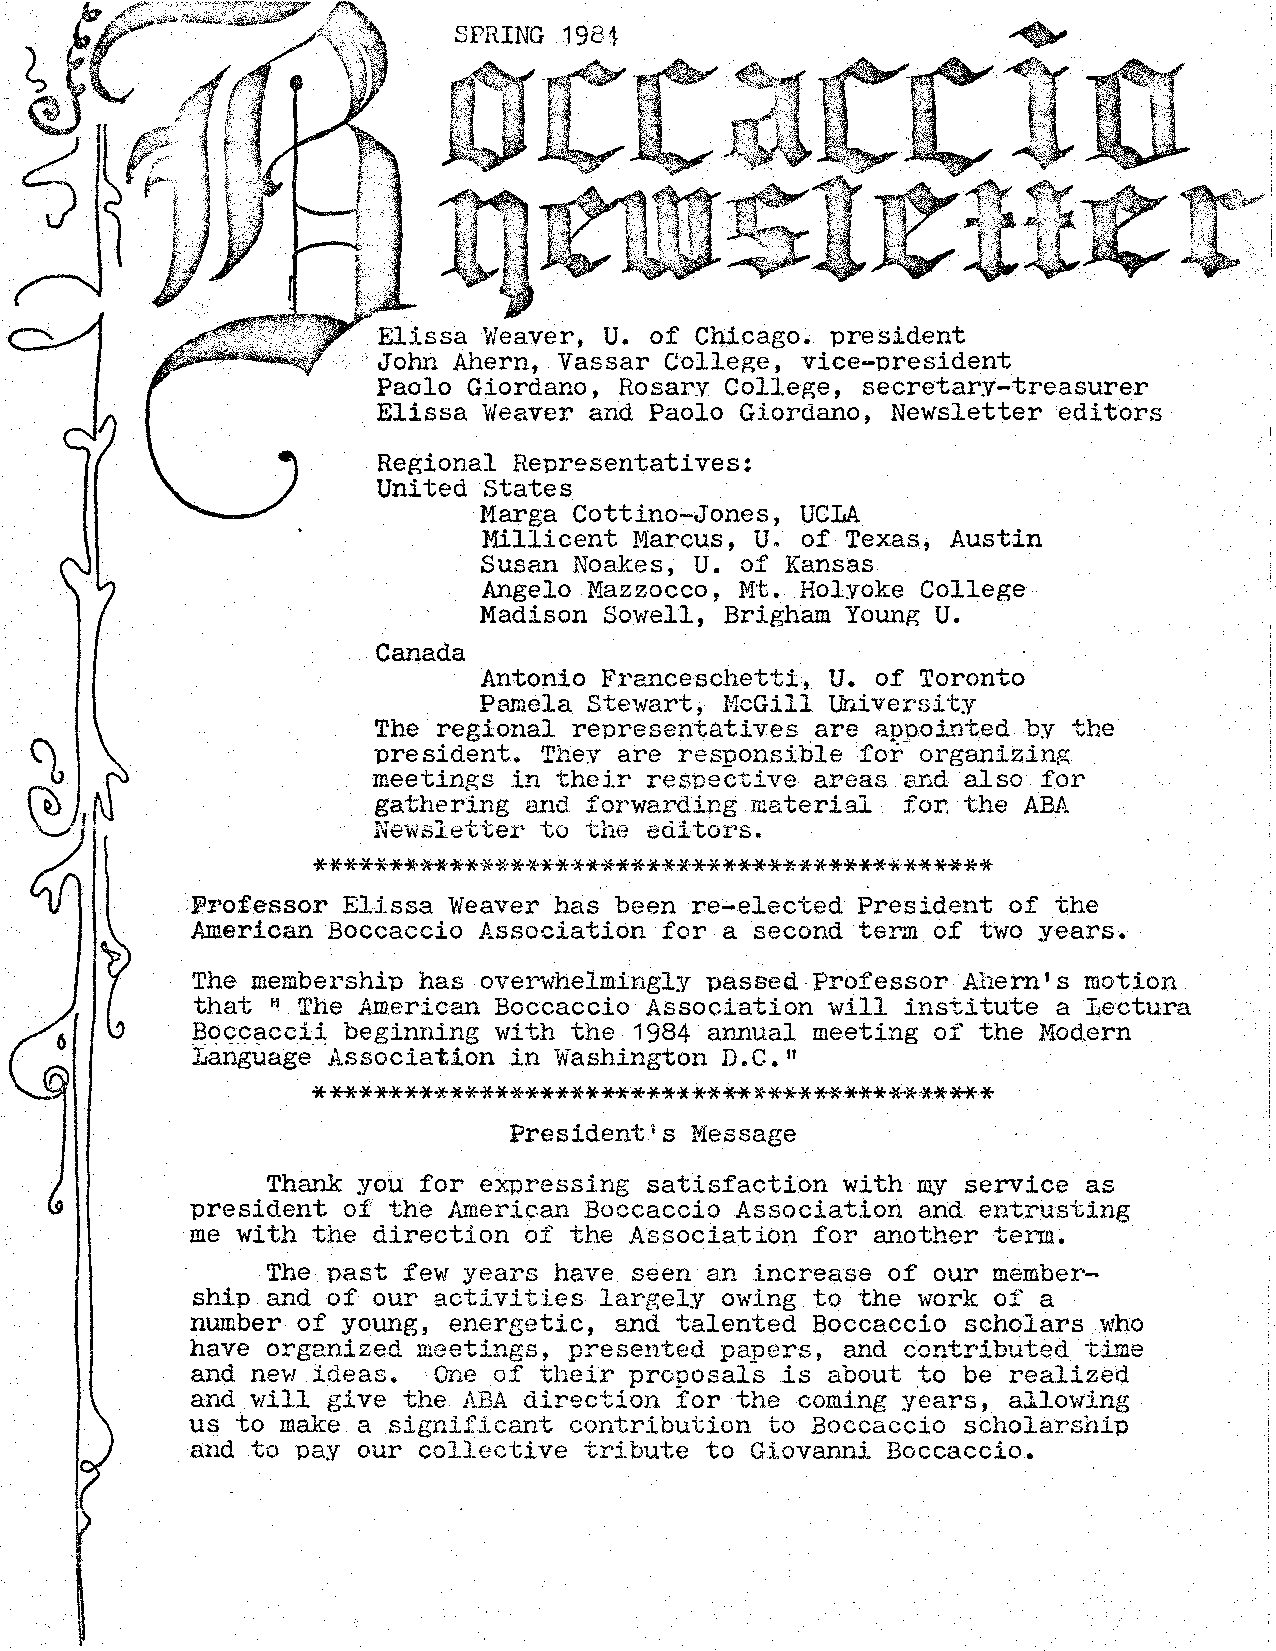
SPRING
 EllssaWeaver,  U. of Cbicago. president
 John Ahern, Vassar College,vice-president
 Paolo Giordano, Rosary College, secretary-treasurer
 Elissa Weaver and Paolo Giordano, Newsletter editors
 Frofessor Elissa Weaver has beenre-elected  President of the
 American Boccaccio Association for a second term of two years.
 The membership has overwhelmingly passed.-Professor Ahern's motion
 that "The  American Boccaccio Association will institute a Lectura
 beginning wi th the 1984 annual meeting of the Modern
 ~<?~9?cci.~
 Language Associa-tion in Washington D.C."
 *********************************************
 President's Message
 Thank you for expressing satisfaction with my service as
 president of the American Boccaccio Association and entrusting
 me with the direction of the Association for another term.
 The past few years have. seen an increase of our
 member~
 ship and of our activities largely owing to the work of a
 number of young, energetic, and talented Boccaccio scholars Who
 have organized meetings, presented papers, and contributed time
 and new ideas.  One of their proposals is about to be realized
 and will give the ABA direction for the coming years, allowing
 us to make asi.gnificant contribution to Boccaccio scholarship
 and to pay our collective tribute to Giovanni Boccaccio.